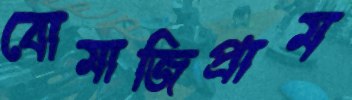
বোমাজিপ্রাম